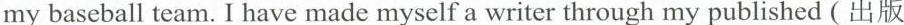
my baseball teum. I have made myself a writer through my published ( 出版